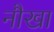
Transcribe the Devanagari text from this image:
नौखा